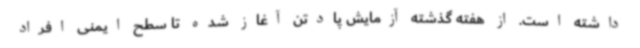
داشته است. از هفته گذشته آزمایش پادتن آغاز شده تا سطح ایمنی افراد